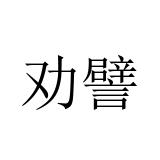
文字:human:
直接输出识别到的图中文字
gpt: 劝譬